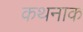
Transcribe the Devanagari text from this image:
कथनाक